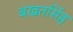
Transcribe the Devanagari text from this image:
बखतसिंह